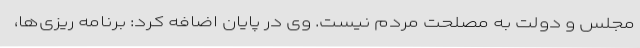
مجلس و دولت به مصلحت مردم نیست. وی در پایان اضافه کرد: برنامه ریزی‌ها،